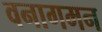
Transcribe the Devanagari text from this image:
वनागमन